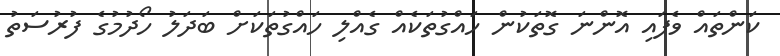
ކަންތައް ވެފައި އޮންނަ ގޮތަކުން ހައްގުތަކެއް ގެއްލި ހައްގުތަކަށް ބަދަލު ހޯދުމުގެ ފުރުސަތު